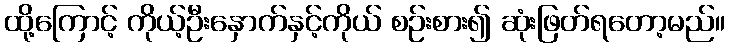
ထို့ကြောင့် ကိုယ့်ဦးနှောက်နှင့်ကိုယ် စဉ်းစား၍ ဆုံးဖြတ်ရတော့မည်။